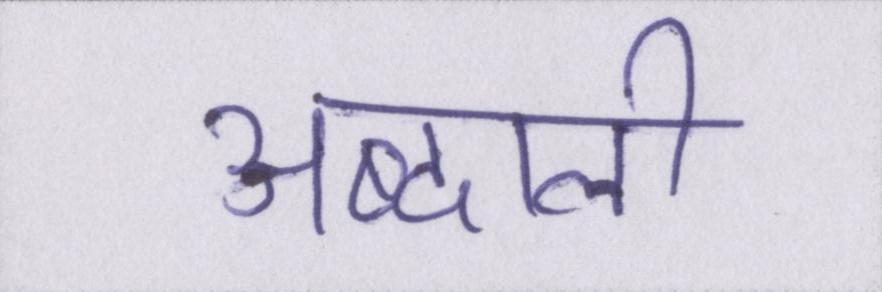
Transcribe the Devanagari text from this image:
अब्दाली